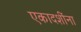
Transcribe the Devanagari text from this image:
एकादशींना